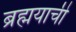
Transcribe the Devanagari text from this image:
ब्रह्मयाची